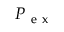
\boldsymbol { P _ { \mathrm { ~ e ~ x ~ } } }